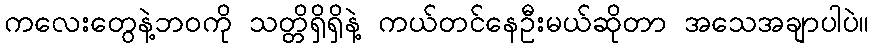
ကလေးတွေနဲ့ဘဝကို သတ္တိရှိရှိနဲ့ ကယ်တင်နေဦးမယ်ဆိုတာ အသေအချာပါပဲ။